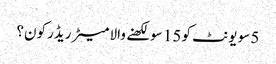
5 سو یونٹ کو 15 سو لکھنے والا میٹر ریڈر کون؟